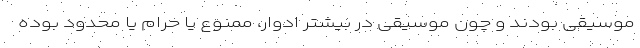
موسیقی بودند و چون موسیقی در بیشتر ادوار، ممنوع یا حرام یا محدود بوده